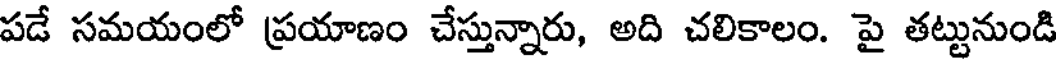
పడే సమయంలో ప్రయాణం చేస్తున్నారు, అది చలికాలం. పై తట్టునుండి